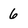
Character: 6